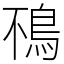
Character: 鴀